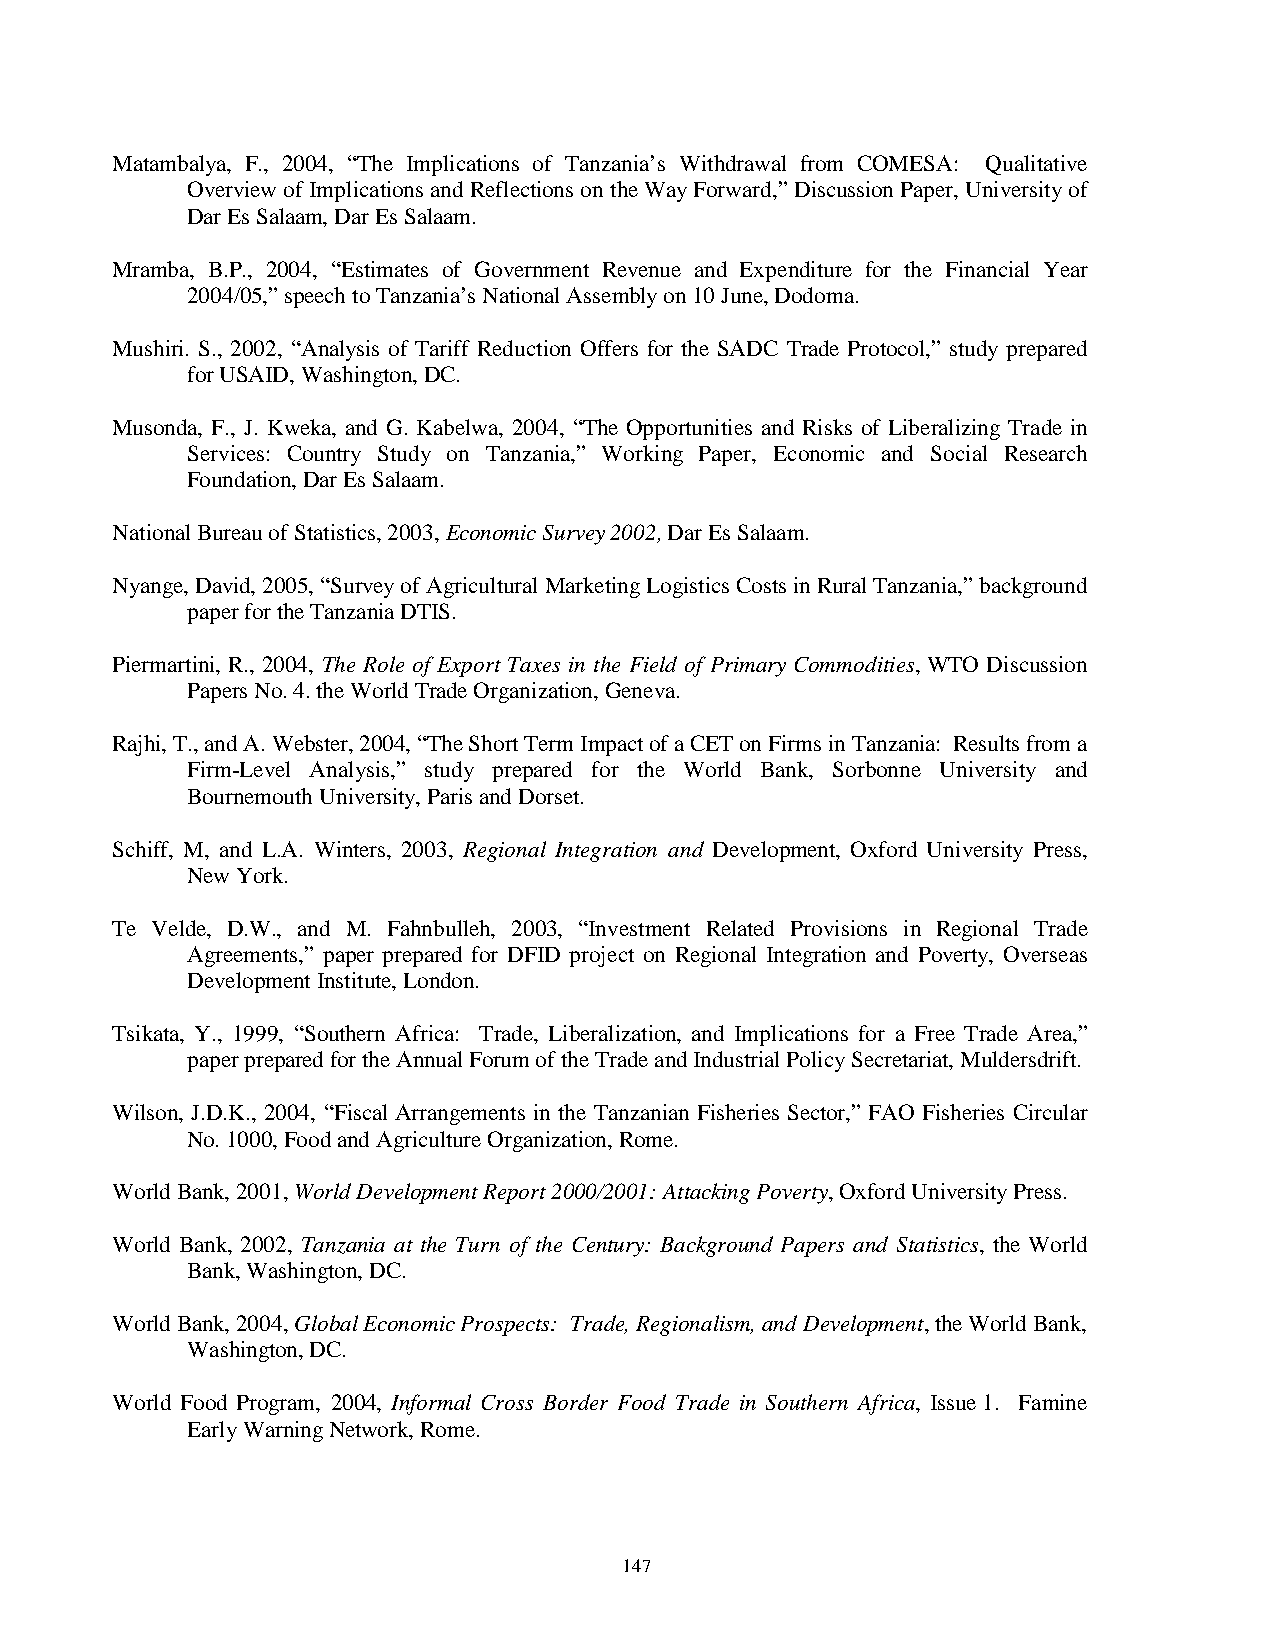
Matambalya, F., 2004, “The Implications of Tanzania’s Withdrawal from COMESA: Qualitative
 Overview of Implications and Reflections on the Way Forward,” Discussion Paper, University of
 Dar Es Salaam, Dar Es Salaam.
 Mramba, B.P., 2004, “Estimates of Government Revenue and Expenditure for the Financial Year
 2004/05,” speech to Tanzania’s National Assembly on 10 June, Dodoma.
 Mushiri. S., 2002, “Analysis of Tariff Reduction Offers for the SADC Trade Protocol,” study prepared
 for USAID, Washington, DC.
 Musonda, F., J. Kweka, and G. Kabelwa, 2004, “The Opportunities and Risks of Liberalizing Trade in
 Services: Country Study on Tanzania,” Working Paper, Economic and Social Research
 Foundation, Dar Es Salaam.
 National Bureau of Statistics, 2003, Economic Survey 2002, Dar Es Salaam.
 Nyange, David, 2005, “Survey of Agricultural Marketing Logistics Costs in Rural Tanzania,” background
 paper for the Tanzania DTIS.
 Piermartini, R., 2004, The Role of Export Taxes in the Field of Primary Commodities, WTO Discussion
 Papers No. 4. the World Trade Organization, Geneva.
 Rajhi, T., and A. Webster, 2004, “The Short Term Impact of a CET on Firms in Tanzania: Results from a
 Firm-Level Analysis,” study prepared for the World Bank, Sorbonne University and
 Bournemouth University, Paris and Dorset.
 Schiff, M, and L.A. Winters, 2003, Regional Integration and Development, Oxford University Press,
 New York.
 Te Velde, D.W., and M. Fahnbulleh, 2003, “Investment Related Provisions in Regional Trade
 Agreements,” paper prepared for DFID project on Regional Integration and Poverty, Overseas
 Development Institute, London.
 Tsikata, Y., 1999, “Southern Africa: Trade, Liberalization, and Implications for a Free Trade Area,”
 paper prepared for the Annual Forum of the Trade and Industrial Policy Secretariat, Muldersdrift.
 Wilson, J.D.K., 2004, “Fiscal Arrangements in the Tanzanian Fisheries Sector,” FAO Fisheries Circular
 No. 1000, Food and Agriculture Organization, Rome.
 World Bank, 2001, World Development Report 2000/2001: Attacking Poverty, Oxford University Press.
 World Bank, 2002, Tanzania at the Turn of the Century: Background Papers and Statistics, the World
 Bank, Washington, DC.
 World Bank, 2004, Global Economic Prospects: Trade, Regionalism, and Development, the World Bank,
 Washington, DC.
 World Food Program, 2004, Informal Cross Border Food Trade in Southern Africa, Issue 1. Famine
 Early Warning Network, Rome.
 147